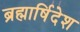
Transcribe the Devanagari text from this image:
ब्रह्मार्षिदेश